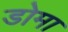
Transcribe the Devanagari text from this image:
डोमा